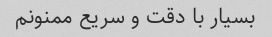
بسیار با دقت و سریع ممنونم